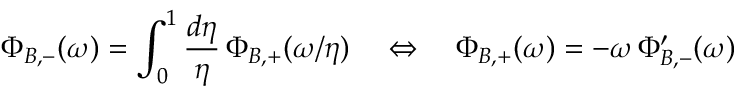
\Phi _ { B , - } ( \omega ) = \int _ { 0 } ^ { 1 } \frac { d \eta } { \eta } \, \Phi _ { B , + } ( \omega / \eta ) \quad \Leftrightarrow \quad \Phi _ { B , + } ( \omega ) = - \omega \, \Phi _ { B , - } ^ { \prime } ( \omega )